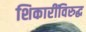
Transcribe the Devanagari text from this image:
शिकारींविरुद्ध